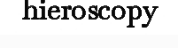
hieroscopy